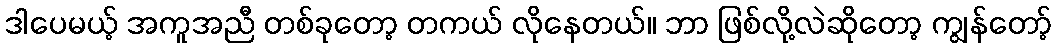
ဒါပေမယ့် အကူအညီ တစ်ခုတော့ တကယ် လိုနေတယ်။ ဘာ ဖြစ်လို့လဲဆိုတော့ ကျွန်တော့်